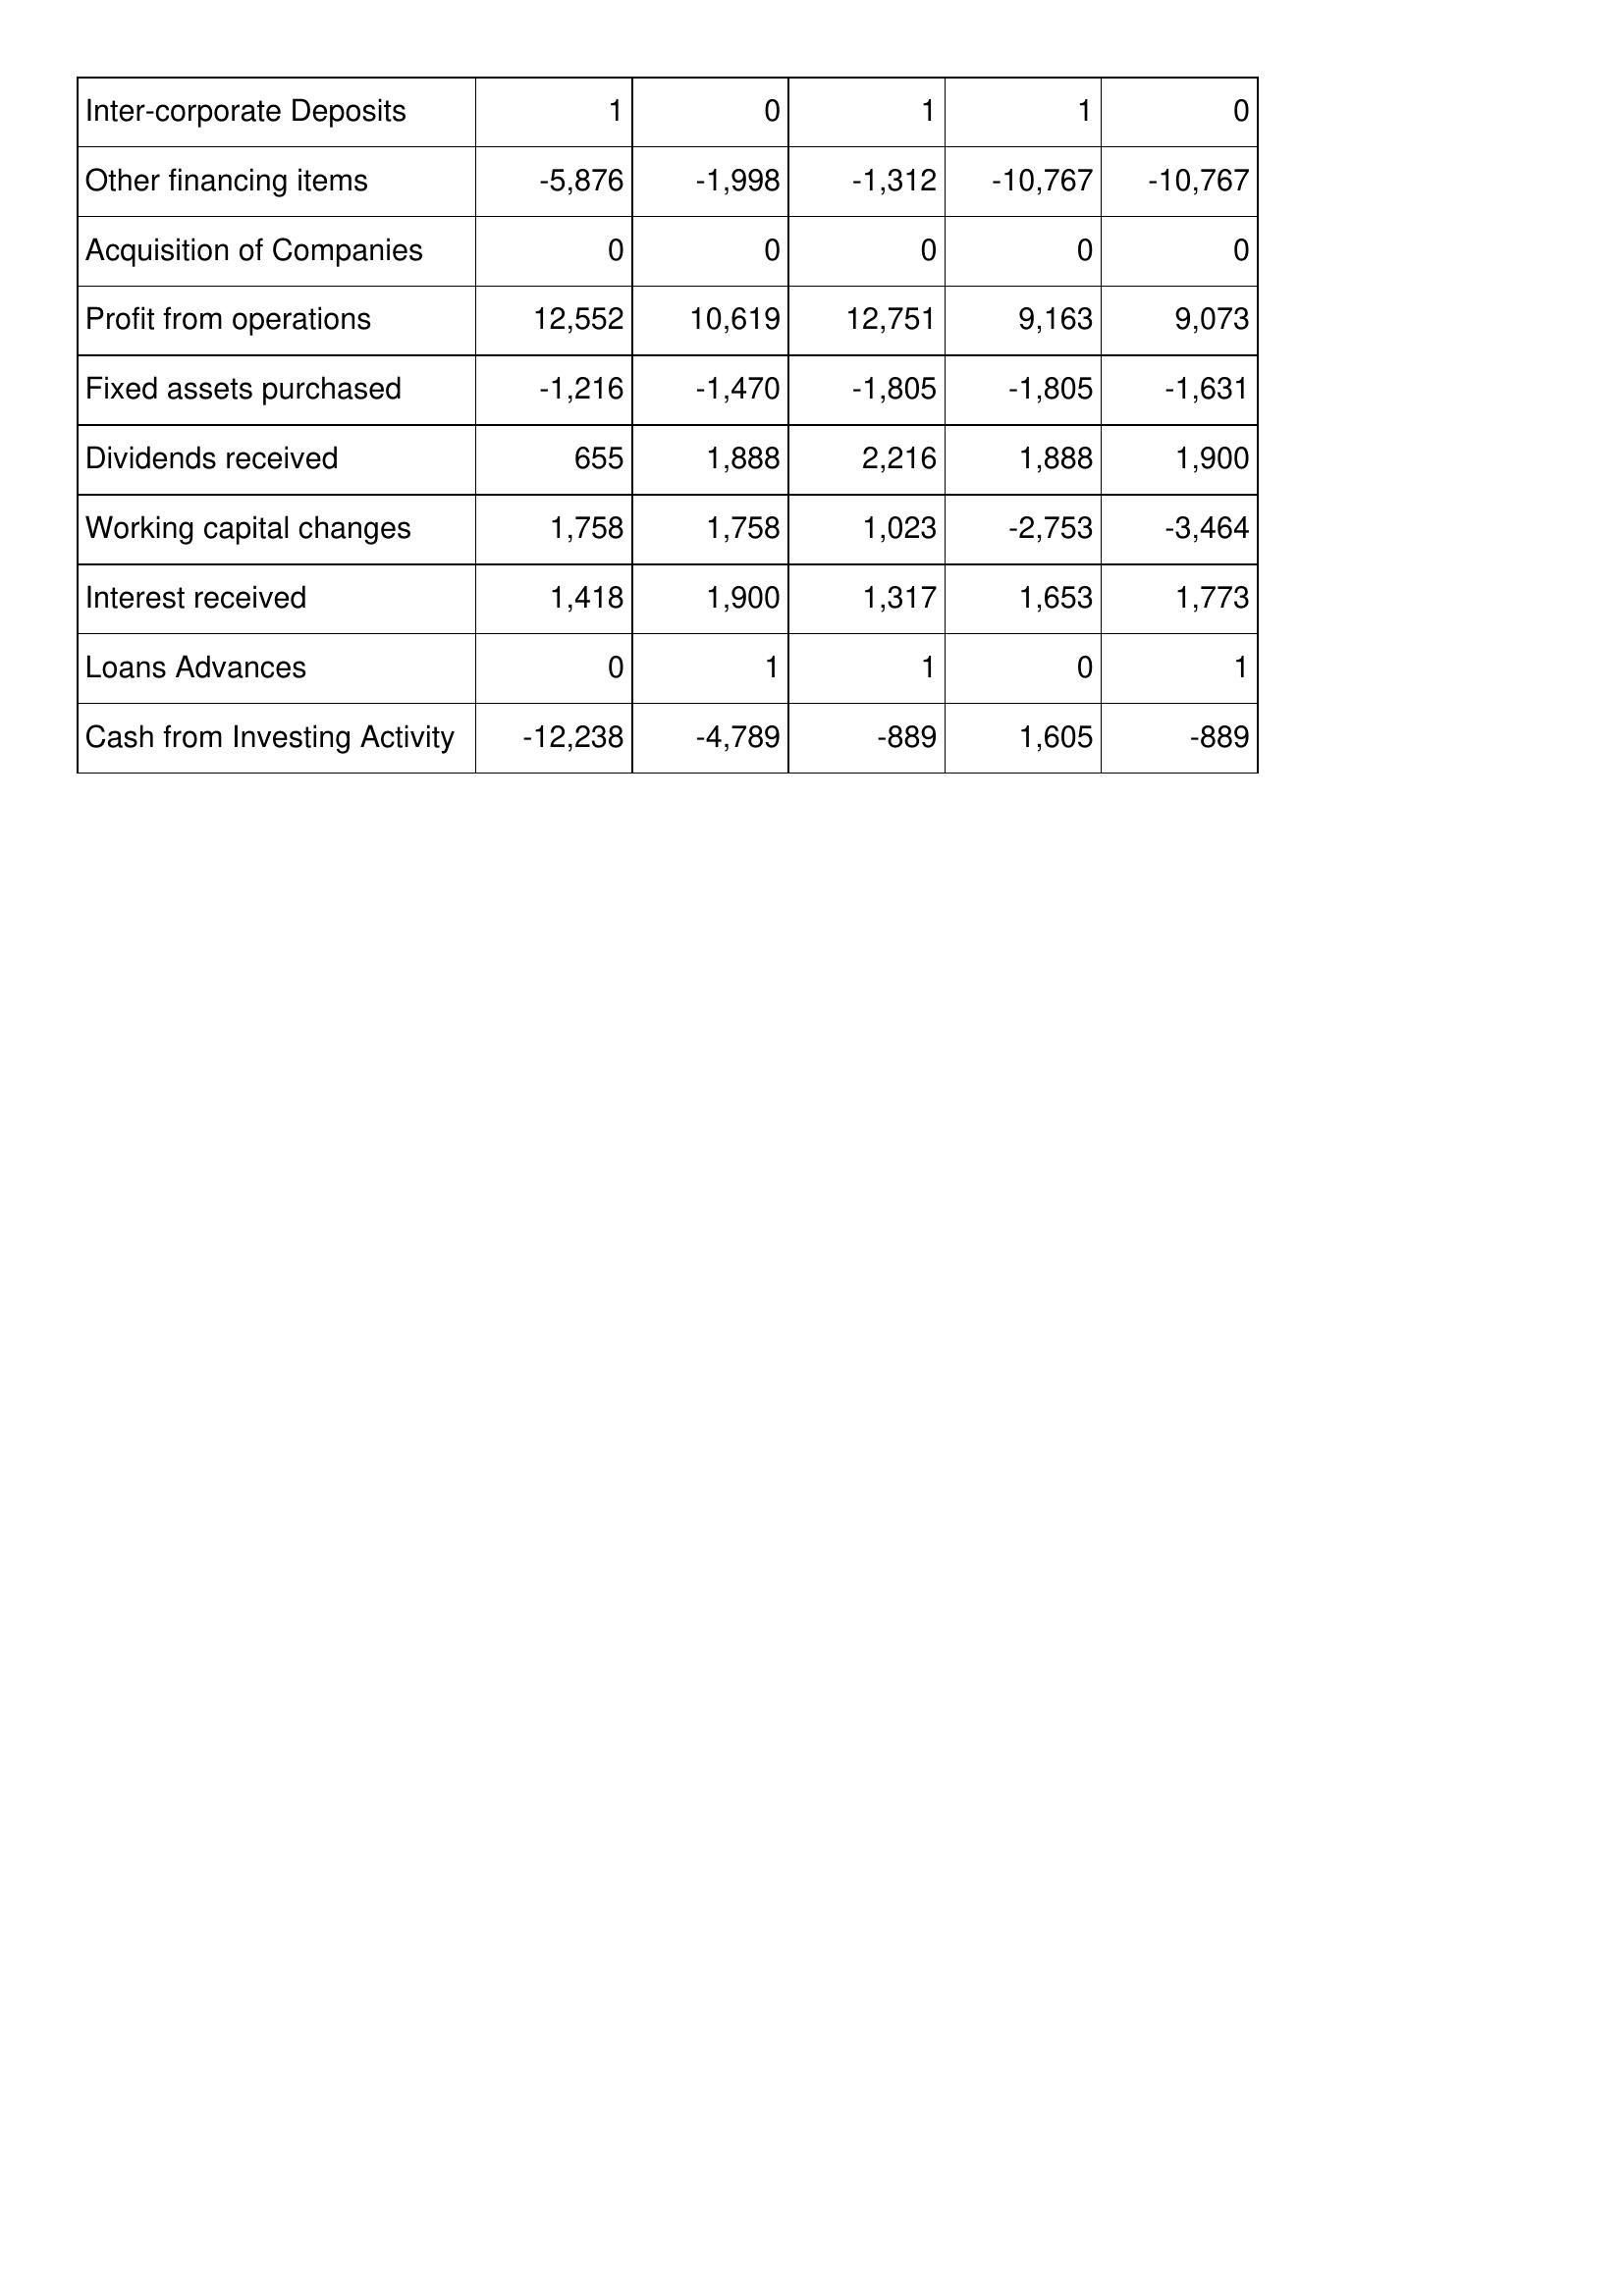
Jul-12: Cash Flows: Inter-corporate Deposits: 1
Other financing items: -5,876
Acquisition of Companies: 0
Profit from operations: 12,552
Fixed assets purchased: -1,216
Dividends received: 655
Working capital changes: 1,758
Interest received: 1,418
Loans Advances: 0
Cash from Investing Activity: -12,238
Jul-11: Cash Flows: Inter-corporate Deposits: 0
Other financing items: -1,998
Acquisition of Companies: 0
Profit from operations: 10,619
Fixed assets purchased: -1,470
Dividends received: 1,888
Working capital changes: 1,758
Interest received: 1,900
Loans Advances: 1
Cash from Investing Activity: -4,789
Jul-10: Cash Flows: Inter-corporate Deposits: 1
Other financing items: -1,312
Acquisition of Companies: 0
Profit from operations: 12,751
Fixed assets purchased: -1,805
Dividends received: 2,216
Working capital changes: 1,023
Interest received: 1,317
Loans Advances: 1
Cash from Investing Activity: -889
Jul-09: Cash Flows: Inter-corporate Deposits: 1
Other financing items: -10,767
Acquisition of Companies: 0
Profit from operations: 9,163
Fixed assets purchased: -1,805
Dividends received: 1,888
Working capital changes: -2,753
Interest received: 1,653
Loans Advances: 0
Cash from Investing Activity: 1,605
Jul-08: Cash Flows: Inter-corporate Deposits: 0
Other financing items: -10,767
Acquisition of Companies: 0
Profit from operations: 9,073
Fixed assets purchased: -1,631
Dividends received: 1,900
Working capital changes: -3,464
Interest received: 1,773
Loans Advances: 1
Cash from Investing Activity: -889